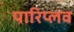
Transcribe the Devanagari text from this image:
पारिप्लव